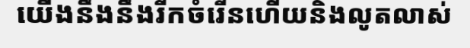
យើងនឹងនឹងរីកចំរើនហើយនិងលូតលាស់